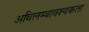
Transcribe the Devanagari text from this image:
अविलम्बावश्यकता